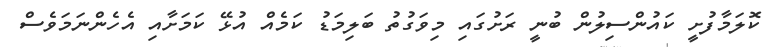
ކޮލަމާފުށީ ކައުންސިލުން ބުނީ ރަށުގައި މިވަގުތު ބަލިމަޑު ކަމެއް އުޅޭ ކަމަށާއި އެހެންނަމަވެސް